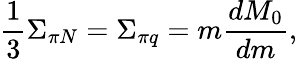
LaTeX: {\frac{1}{3}}\Sigma_{\pi N}=\Sigma_{\pi q}=m{\frac{dM_{0}}{dm}},